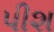
પીશ